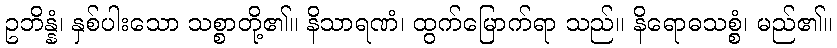
ဥဘိန္နံ၊ နှစ်ပါးသော သစ္စာတို့၏။ နိသာရဏံ၊ ထွက်မြောက်ရာ သည်။ နိရောဓသစ္စံ၊ မည်၏။